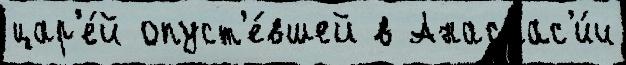
цар'е́й опуст'е́вшей в Анастас'и́и